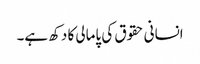
انسانی حقوق کی پامالی کا دکھ ہے۔